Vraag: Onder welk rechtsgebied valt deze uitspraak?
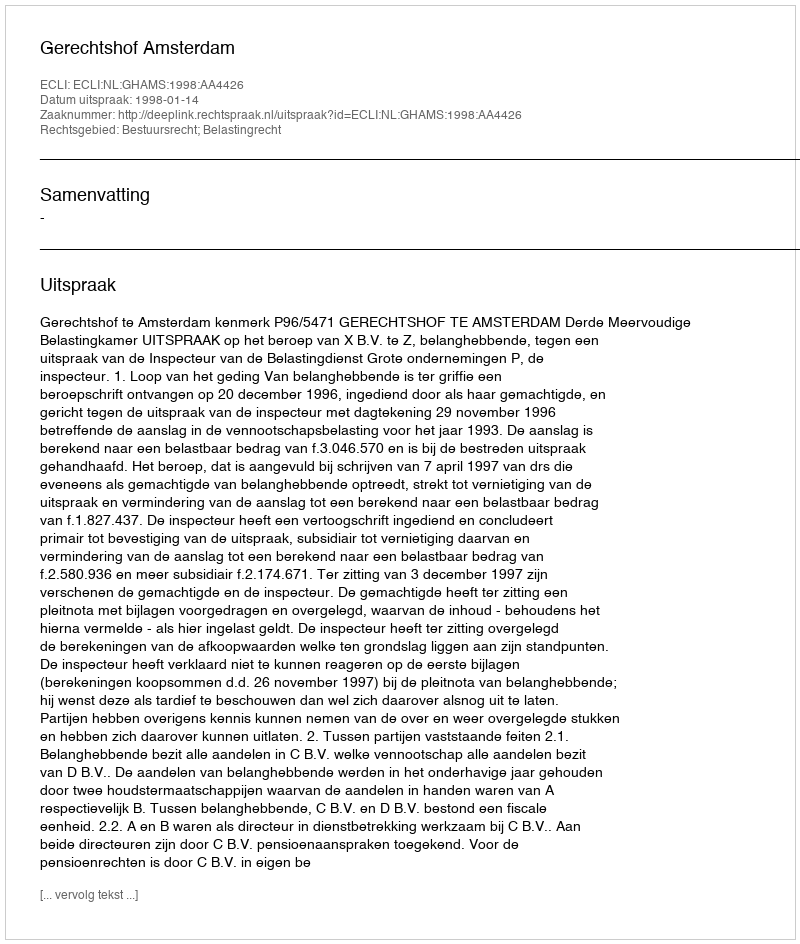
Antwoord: Bestuursrecht; Belastingrecht